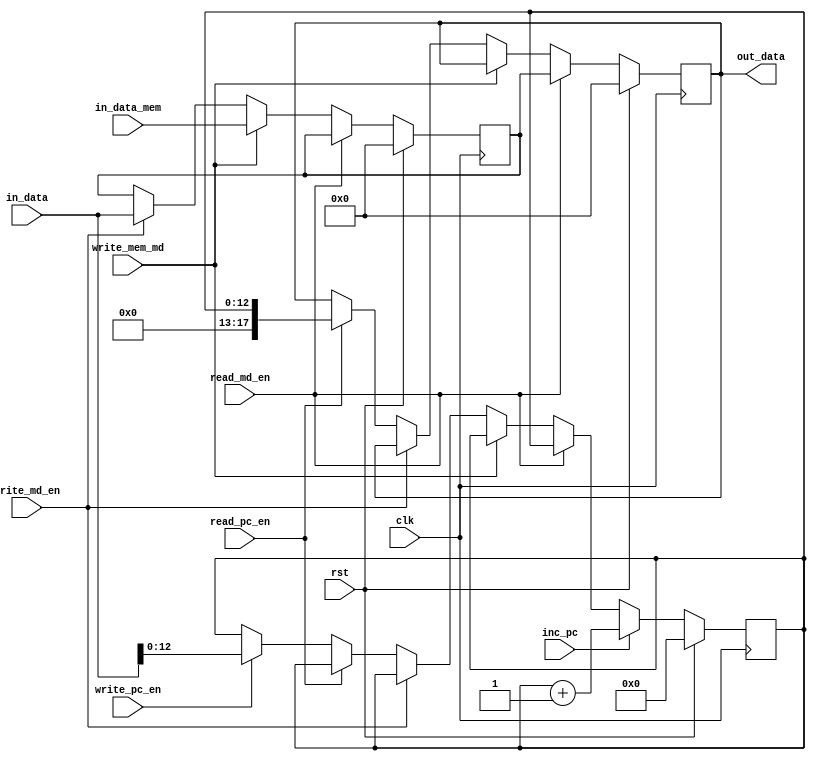
module PC_MD(out_data,in_data,in_data_mem,clk,rst,inc_pc,
	read_pc_en,write_pc_en,read_md_en,write_md_en,write_mem_md);
	input [17:0] in_data,in_data_mem;
	input
	clk,rst,inc_pc,read_pc_en,write_pc_en,read_md_en,write_md_en,write_mem_md;
	output [17:0] out_data;
	reg [17:0] out_data; //Output data
	reg [12:0] PC; //Program counter
	reg [17:0] MD; //Memory data register
	
	always @(posedge clk)
		begin
			if(rst) //Reset condition
				begin
					PC<=13'd0;
					MD<=18'd0;
					out_data<=18'd0;
				end
			else
				begin
					if(read_md_en) //Reading MD value
						out_data<=MD;
					else if (write_mem_md) //Writing MD from the output of memory
						MD<=in_data_mem;
					else if(write_md_en) //Writing MD from the data bus.
						MD<=in_data;
					else if(read_pc_en) //Output the value of PC
						out_data<=PC;
					else if(write_pc_en) //Writing PC
						PC<=in_data[12:0];
					if (inc_pc) //PC increment
						PC<=PC+1;
					end
			end
endmodule